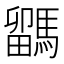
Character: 𩥖